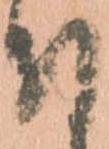
付